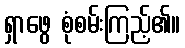
ရှာဖွေ စုံစမ်းကြည့်၏။